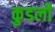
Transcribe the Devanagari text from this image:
कुडली